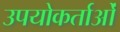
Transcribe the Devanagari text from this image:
उपयोकर्ताओं